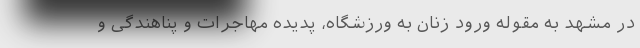
در مشهد به مقوله ورود زنان به ورزشگاه، پدیده مهاجرات و پناهندگی و